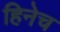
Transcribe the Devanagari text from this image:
हिनेच